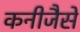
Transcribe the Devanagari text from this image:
कनीजैसे